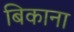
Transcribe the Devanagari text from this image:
बिकाना